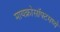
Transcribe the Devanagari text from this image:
मायक्रोसॉफ्टमध्ये